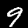
Digit: 9